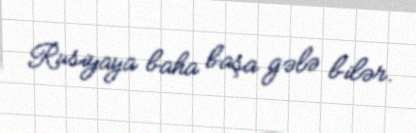
Rusiyaya baha başa gələ bilər.